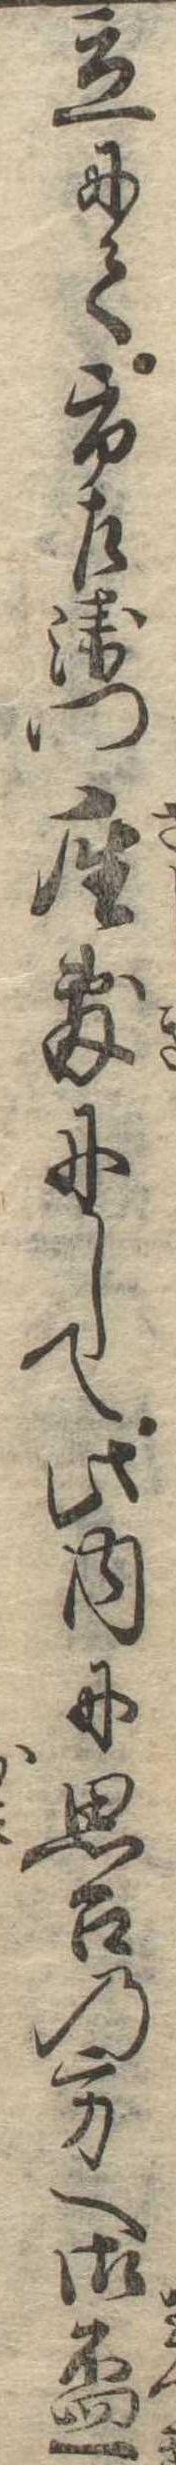
立にて市左衛門座敷にして此内に思召の方へ御杯